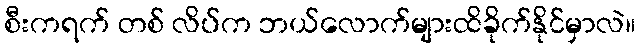
စီးကရက် တစ် လိပ်က ဘယ်လောက်များထိခိုက်နိုင်မှာလဲ။